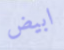
ابيض